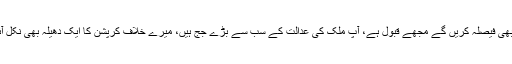
شہباز شریف نے کہا کہ جو بھی فیصلہ کریں گے مجھے قبول ہے، آپ ملک کی عدالت کے سب سے بڑے جج ہیں، میرے خلاف کرپشن کا ایک دھیلہ بھی نکل آئے تو سزا کے لیے تیار ہوں۔